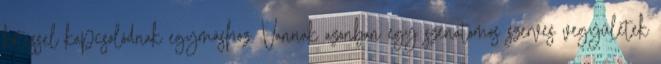
kötéssel kapcsolódnak egymáshoz. Vannak azonban egy szénatomos szerves vegyületek